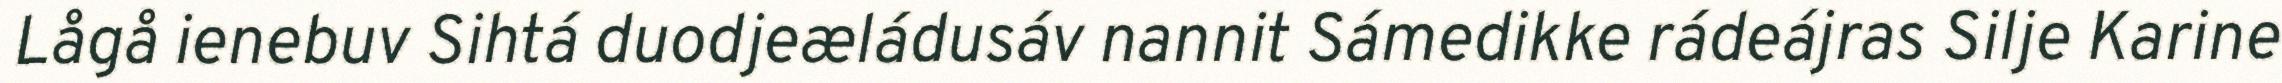
Lågå ienebuv Sihtá duodjeæládusáv nannit Sámedikke rádeájras Silje Karine